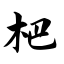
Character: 杷